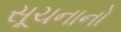
સૂચનાનો